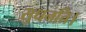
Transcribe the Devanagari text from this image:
सुधनति।